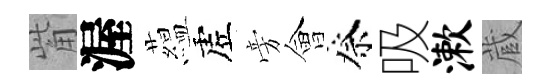
觜渥藴虗旁會祭吸漱蔵